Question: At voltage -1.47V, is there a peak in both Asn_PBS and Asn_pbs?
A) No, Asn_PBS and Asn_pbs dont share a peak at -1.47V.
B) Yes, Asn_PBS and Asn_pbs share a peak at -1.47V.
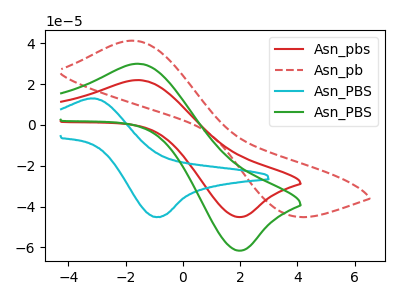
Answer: <think>The red curve "Asn_pbs" has an anodic peak at (-1.45V, 21.90uA) and a cathodic peak at (1.90V, -45.10uA). The red dashed curve "Asn_pb" has an anodic peak at (-1.75V, 41.25uA) and a cathodic peak at (3.70V, -44.05uA). The cyan curve "Asn_PBS" has an anodic peak at (-3.05V, 12.90uA) and a cathodic peak at (-0.90V, -45.10uA). The green curve "Asn_PBS" has an anodic peak at (-1.45V, 29.85uA) and a cathodic peak at (1.90V, -61.50uA).</think>
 <answer>B) Yes, "Asn_PBS" and "Asn_pbs" share a peak at -1.47V.</answer>
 <eval>B</eval>